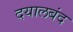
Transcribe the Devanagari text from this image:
दयालबंद